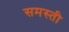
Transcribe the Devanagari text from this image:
समस्ती